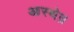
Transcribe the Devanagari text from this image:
आस्थेन्र